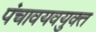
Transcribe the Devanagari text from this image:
पंचावयवयुक्त